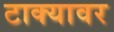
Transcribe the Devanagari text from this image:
टाक्यावर